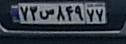
۷۳س۸۴۹۷۷